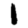
Digit: 1